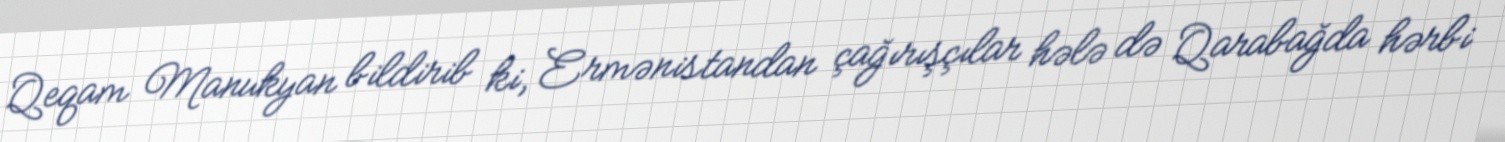
Qeqam Manukyan bildirib ki, Ermənistandan çağırışçılar hələ də Qarabağda hərbi